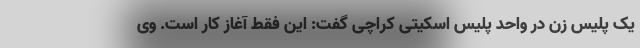
یک پلیس زن در واحد پلیس اسکیتی کراچی گفت: این فقط آغاز کار است. وی